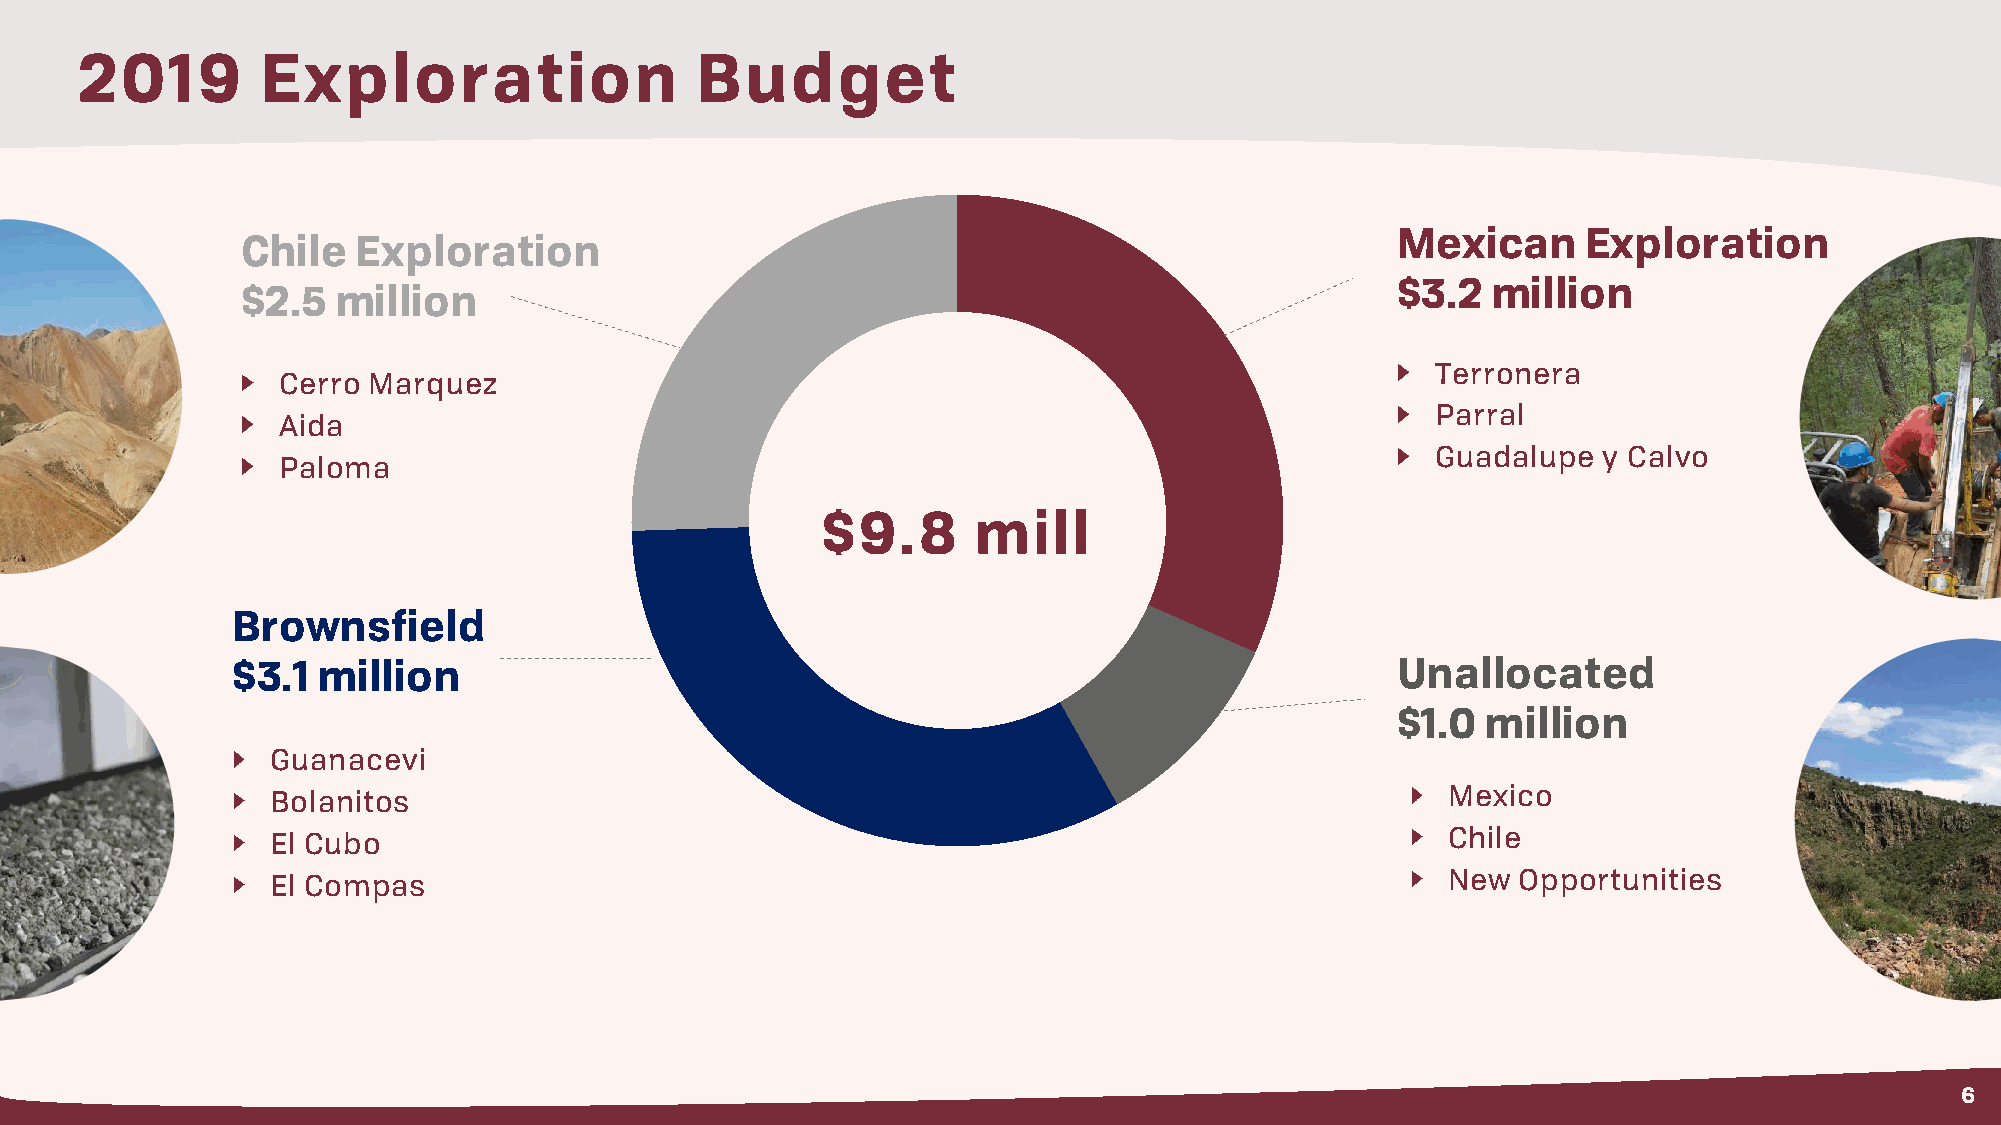
2019        Exploration                  Budget
 Mexican      Exploration
 Chile   Exploration
 $3.2   million
 $2.5  million
 Terronera
 Cerro Marquez
 Parral
 Aida
 Guadalupe  y Calvo
 Paloma
 $9.8      mill
 Brownsfield
 $3.1  million                                                                Unallocated
 $1.0  million
 Guanacevi
 Bolanitos                                                                     Mexico
 El Cubo                                                                       Chile
 El Compas                                                                     New  Opportunities
 6